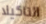
التاكيلا